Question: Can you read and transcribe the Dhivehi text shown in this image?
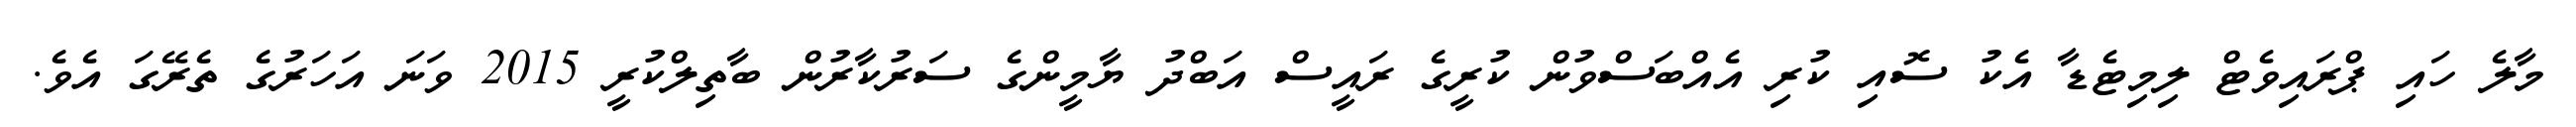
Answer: މާލެ ހައި ޕްރައިވެޓް ލިމިޓެޑާ އެކު ސޮއި ކުރި އެއްބަސްވުން ކުރީގެ ރައީސް އަބްދު ޔާމީންގެ ސަރުކާރުން ބާތިލްކުރީ 2015 ވަނަ އަހަރުގެ ތެރޭގަ އެވެ.